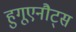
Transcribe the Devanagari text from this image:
हुगूएनौट्स